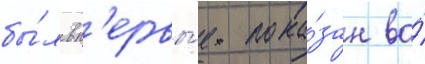
бы́л вп'ервы́е пока́зан во́